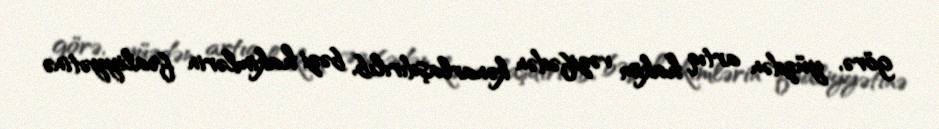
görə, yüzdən artıq hakim vəzifədən kənarlaşdırılıb, bəzi hakimlərin fəaliyyətinə